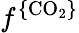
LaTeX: f^{\{ {\mathrm{CO}_{2}}\} }